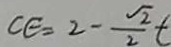
C E = 2 - \frac { \sqrt { 2 } } { 2 } t